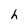
Character: h